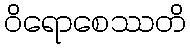
ဝိရောစေဿတိ